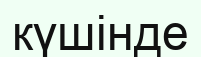
күшінде